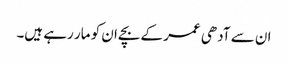
ان سے آدھی عمر کے بچےان کو مار رہے ہیں۔